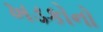
ખડકોનો